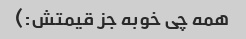
همه چی خوبه جز قیمتش:)